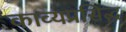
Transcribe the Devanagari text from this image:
काव्यप्रसिद्ध